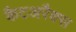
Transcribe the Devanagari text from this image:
कैटअरैक्स